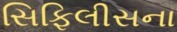
સિફિલીસના